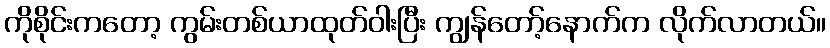
ကိုစိုင်းကတော့ ကွမ်းတစ်ယာထုတ်ဝါးပြီး ကျွန်တော့်နောက်က လိုက်လာတယ်။